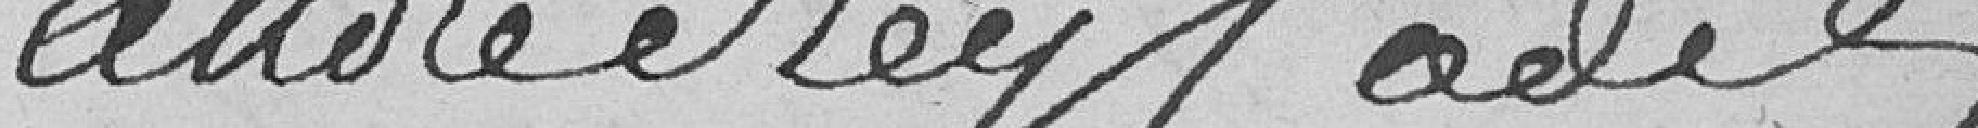
andré Reglade